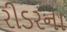
રીડરના